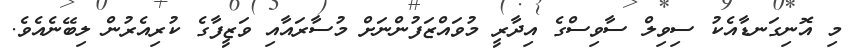
މި އޮނިގަނޑާއެކު ސިވިލް ސާވިސްގެ އިދާރީ މުވައްޒަފުންނަށް މުސާރައާއި ވަޒީފާގެ ކުރިއެރުން ލިބޭނެއެވެ.